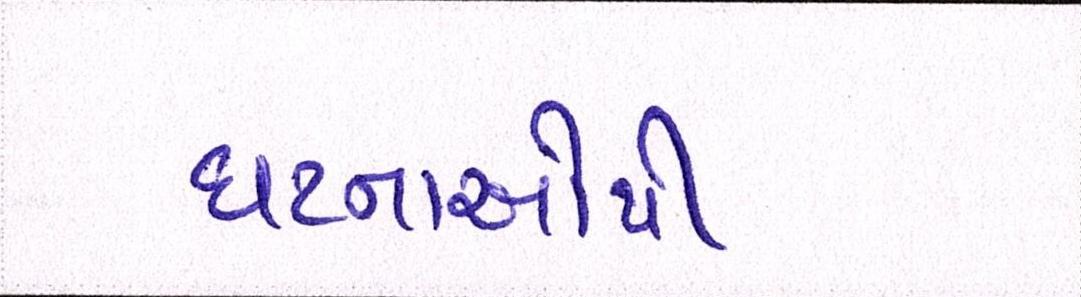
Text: ઘટનાઓથી